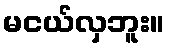
မငယ်လှဘူး။